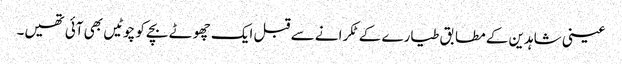
عینی شاہدین کے مطابق طیارے کے ٹکرانے سے قبل ایک چھوٹے بچے کو چوٹیں بھی آئی تھیں۔